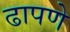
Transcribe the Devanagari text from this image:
ढापणे